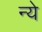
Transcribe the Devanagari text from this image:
न्‍ये